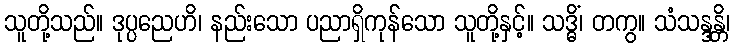
သူတို့သည်။ ဒုပ္ပညေဟိ၊ နည်းသော ပညာရှိကုန်သော သူတို့နှင့်။ သဒ္ဓိံ၊ တကွ။ သံသန္ဒန္တိ၊